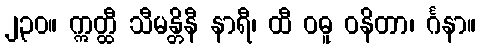
၂၃၀။ ဣတ္ထီ သီမန္တိနီ နာရီ၊ ထီ ဝဓူ ဝနိတာ၊ င်္ဂနာ။